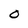
Character: O